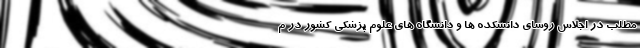
مطلب در اجلاس روسای دانشکده ها و دانشگاه های علوم پزشکی کشور در م